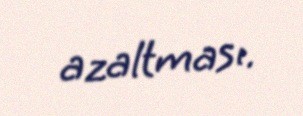
azaltması.